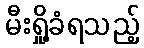
မီးရှို့ခံရသည့်